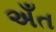
અઁત